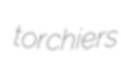
torchiers